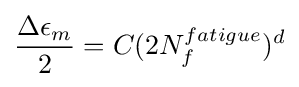
{\frac {\Delta \epsilon _{m}}{2}}=C(2N_{f}^{fatigue})^{d}